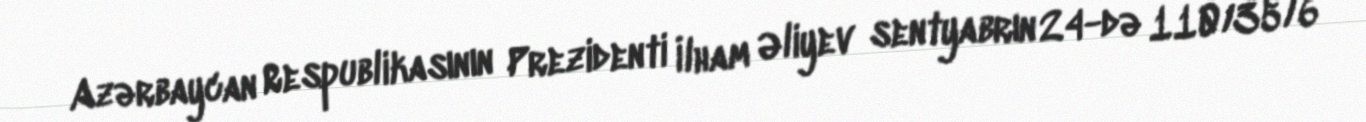
Azərbaycan Respublikasının Prezidenti İlham Əliyev sentyabrın 24-də 110/35/6